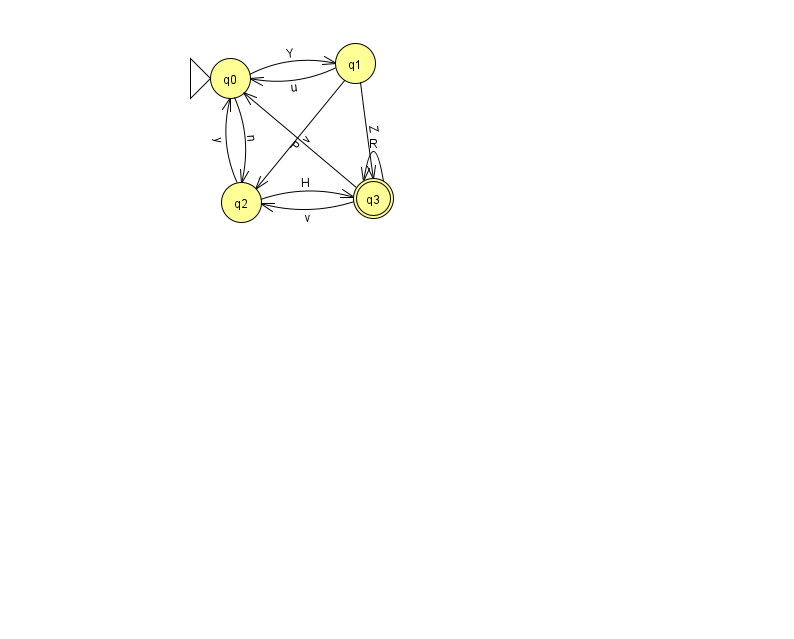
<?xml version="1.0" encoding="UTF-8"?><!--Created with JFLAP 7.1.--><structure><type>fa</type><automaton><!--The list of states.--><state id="0" name="q0"><x>230.0</x><y>65.0</y><initial/></state><state id="1" name="q1"><x>355.0</x><y>50.0</y></state><state id="2" name="q2"><x>241.0</x><y>189.0</y></state><state id="3" name="q3"><x>373.0</x><y>185.0</y><final/></state><!--The list of transitions.--><transition><from>0</from><to>2</to><read>n</read></transition><transition><from>3</from><to>0</to><read>P</read></transition><transition><from>3</from><to>3</to><read>R</read></transition><transition><from>1</from><to>3</to><read>Z</read></transition><transition><from>0</from><to>1</to><read>Y</read></transition><transition><from>1</from><to>2</to><read>v</read></transition><transition><from>2</from><to>0</to><read>y</read></transition><transition><from>2</from><to>3</to><read>H</read></transition><transition><from>3</from><to>2</to><read>v</read></transition><transition><from>1</from><to>0</to><read>u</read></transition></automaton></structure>